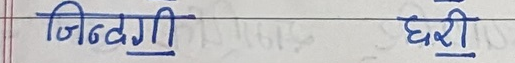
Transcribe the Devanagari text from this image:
जिन्दगी घरी